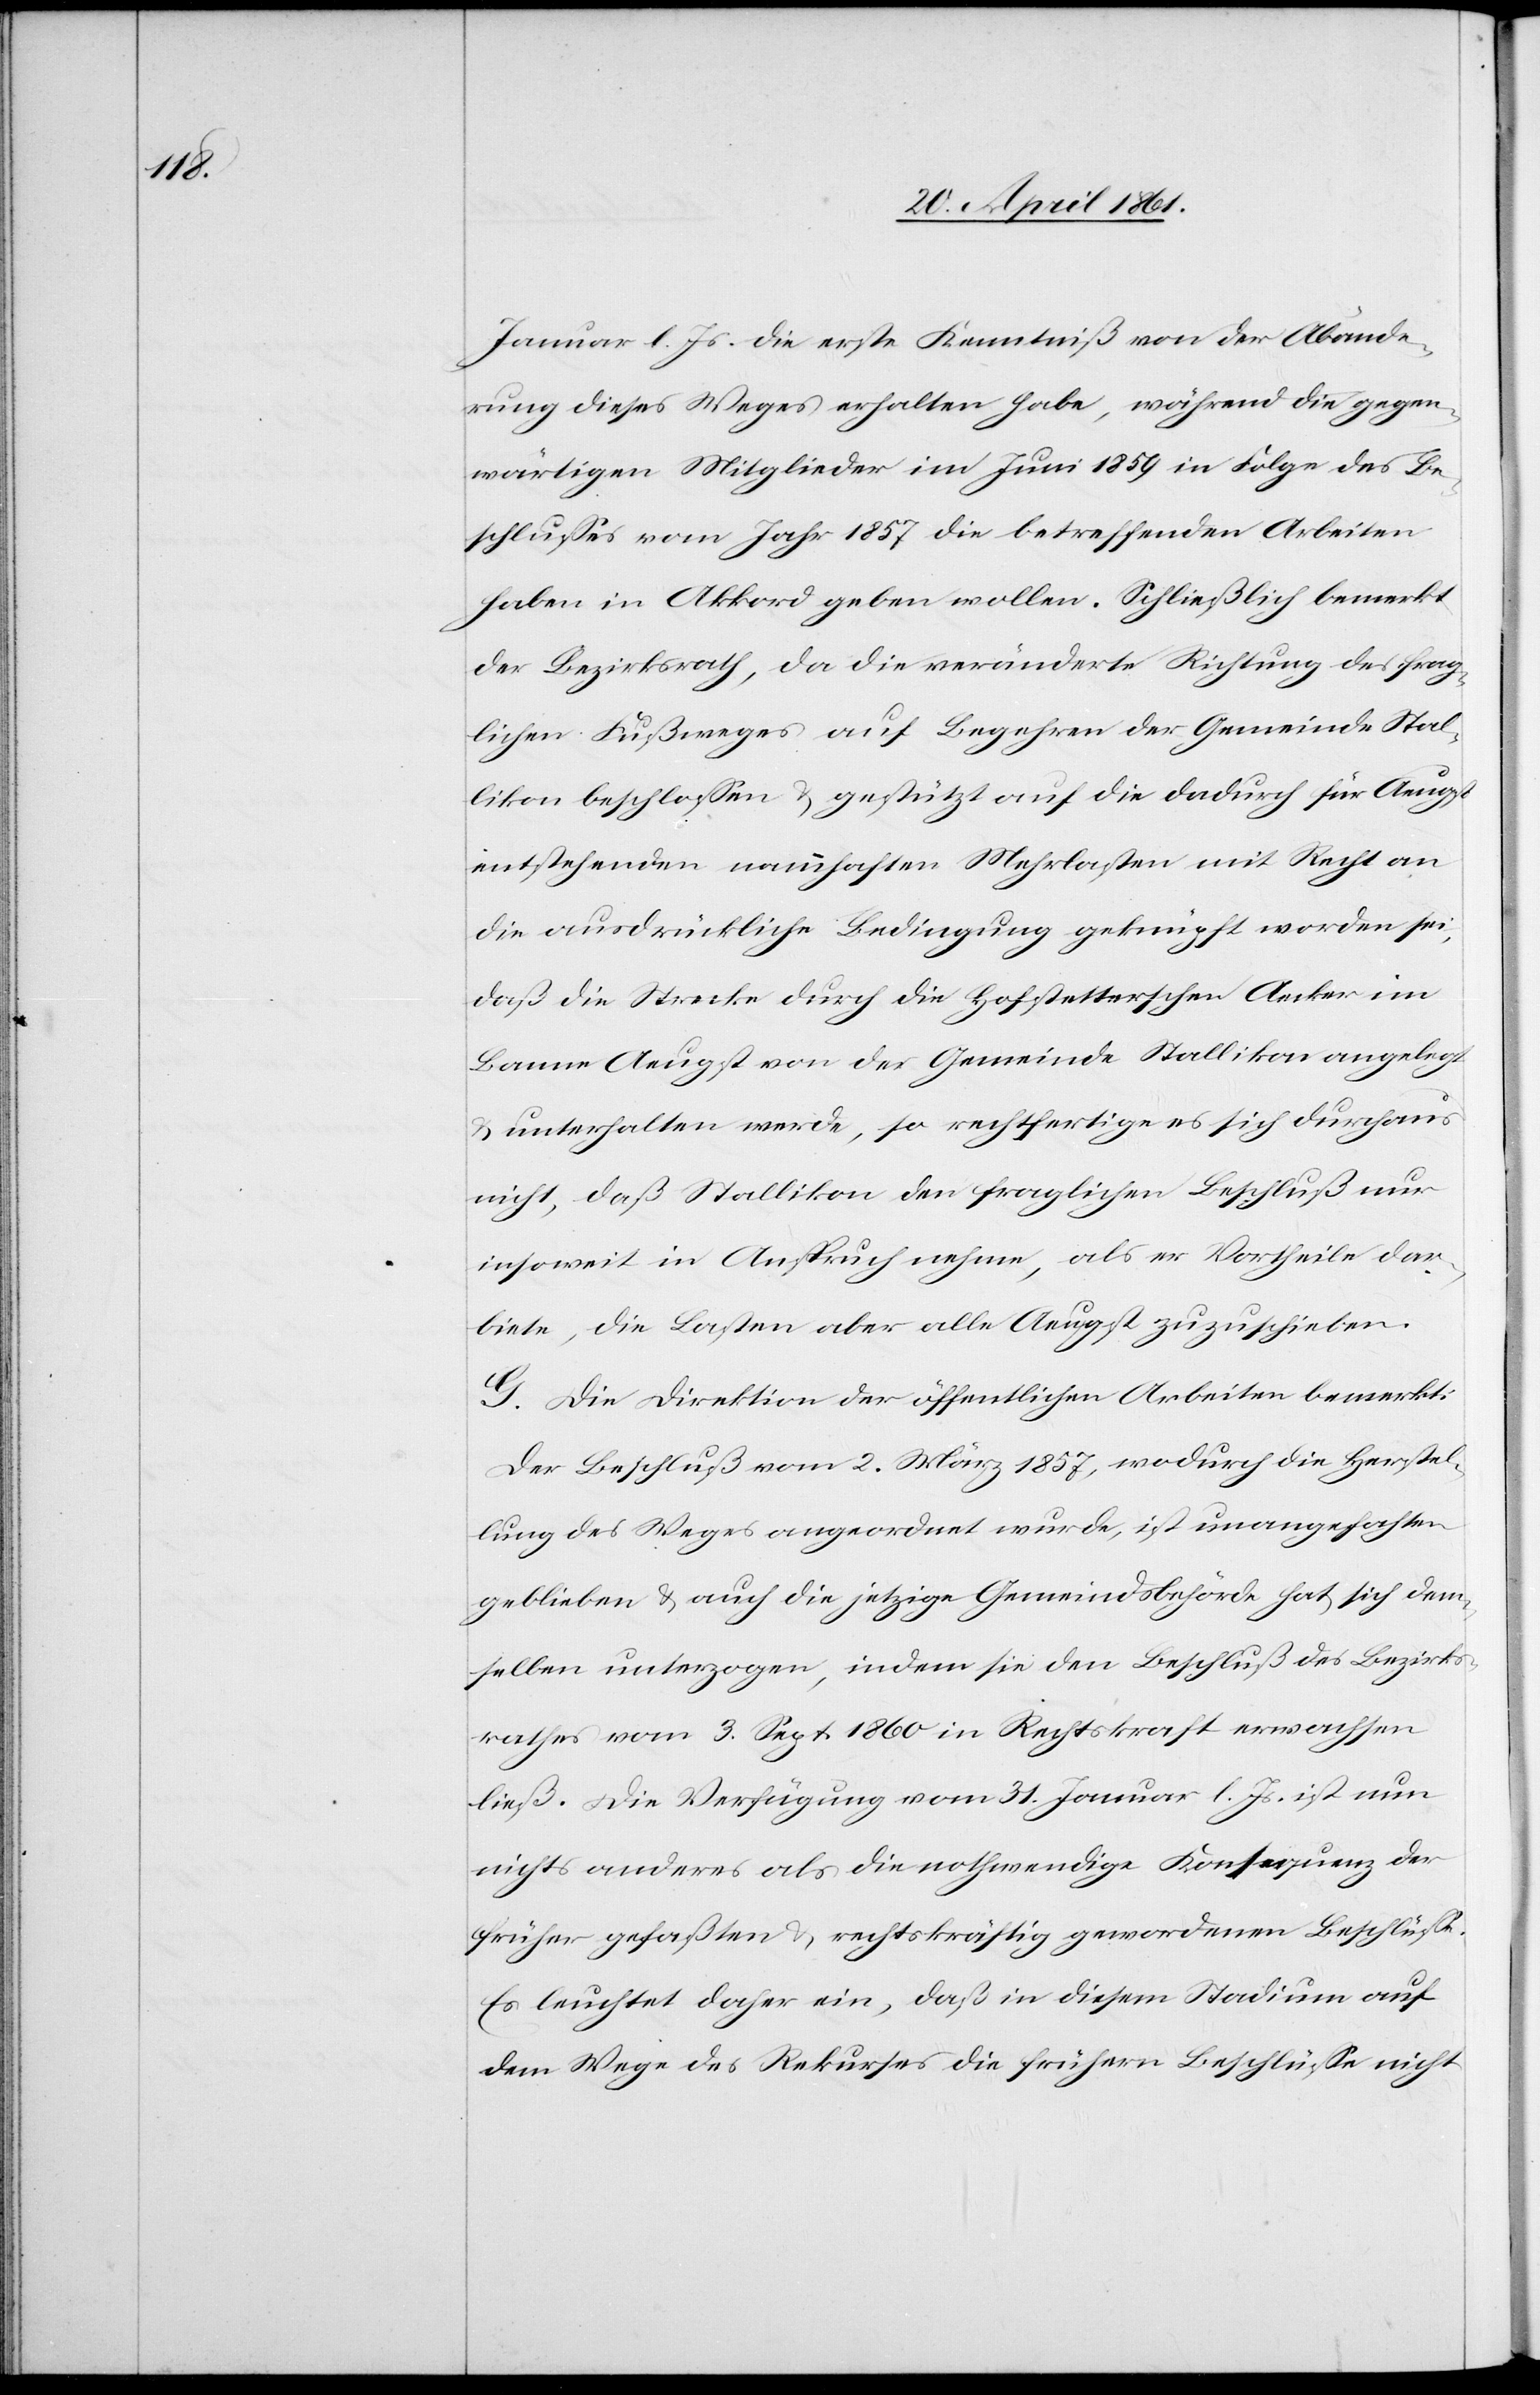
Januar l. Js. die erste Kenntniß von der Abände¬
rung dieses Weges erhalten habe, während die gegen¬
wärtigen Mitglieder im Juni 1859 in Folge des Be¬
schlusses vom Jahr 1857 die betreffenden Arbeiten
haben in Akkord geben wollen. Schließlich bemerkt
der Bezirksrath, da die veränderte Richtung des frag¬
lichen Fußweges auf Begehren der Gemeinde Stal¬
likon beschlossen u. gestützt auf die dadurch für Aeugst
entstehenden nahmhaften Mehrlasten mit Recht an
die ausdrückliche Bedingung geknüpft worden sei,
daß die Strecke durch die Hofstetterschen Aecker im
Banne Aeugst von der Gemeinde Stallikon angelegt
u. unterhalten werde, so rechtfertige es sich durchaus
nicht, daß Stallikon den fraglichen Beschluß nur
insoweit in Anspruch nehme, als er Vortheile dar¬
biete, die Lasten aber alle Aeugst zuzuschieben.
G. Die Direktion der öffentlichen Arbeiten bemerkt:
Der Beschluß vom 2. März 1857, wodurch die Herstel¬
lung des Weges angeordnet wurde, ist unangefochten
geblieben u. auch die jetzige Gemeindsbehörde hat sich dem¬
selben unterzogen, indem sie den Beschluß des Bezirks¬
rathes vom 3. Sept. 1860 in Rechtskraft erwachsen
ließ. Die Verfügung vom 31. Januar l. Js. ist nun
nichts anderes als die nothwendige Konsequenz der
früher gefaßten u. rechtskräftig gewordenen Beschlüsse.
Es leuchtet daher ein, daß in diesem Stadium auf
dem Wege des Rekurses die frühern Beschlüsse nicht